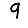
Digit: 9